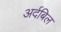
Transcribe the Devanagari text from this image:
अर्दबिल